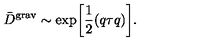
{ \bar { D } } ^ { \mathrm { g r a v } } \sim \exp \biggl [ \frac { 1 } { 2 } ( q \tau q ) \biggr ] .